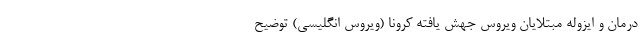
درمان و ایزوله مبتلایان ویروس جهش یافته کرونا (ویروس انگلیسی) توضیح